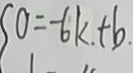
0 = - 6 k + b .